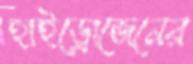
হাইড্রোজেনের